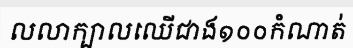
លលាក្បាលឈើជាង១០០កំណាត់